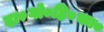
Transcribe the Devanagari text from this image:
दा०गो०हि०का०